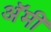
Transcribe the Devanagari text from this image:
अॅमी